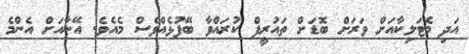
އަދި މެޓަލިކާއަށް ވަރަށް ބޮޑަށް ތައުރީފް ކުރައްވާ ބޭފުޅެއްވެސް މެއެވެ. އޭނާއަށް އެންމެ